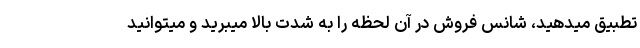
تطبیق میدهید، شانس فروش در آن لحظه را به شدت بالا میبرید و میتوانید